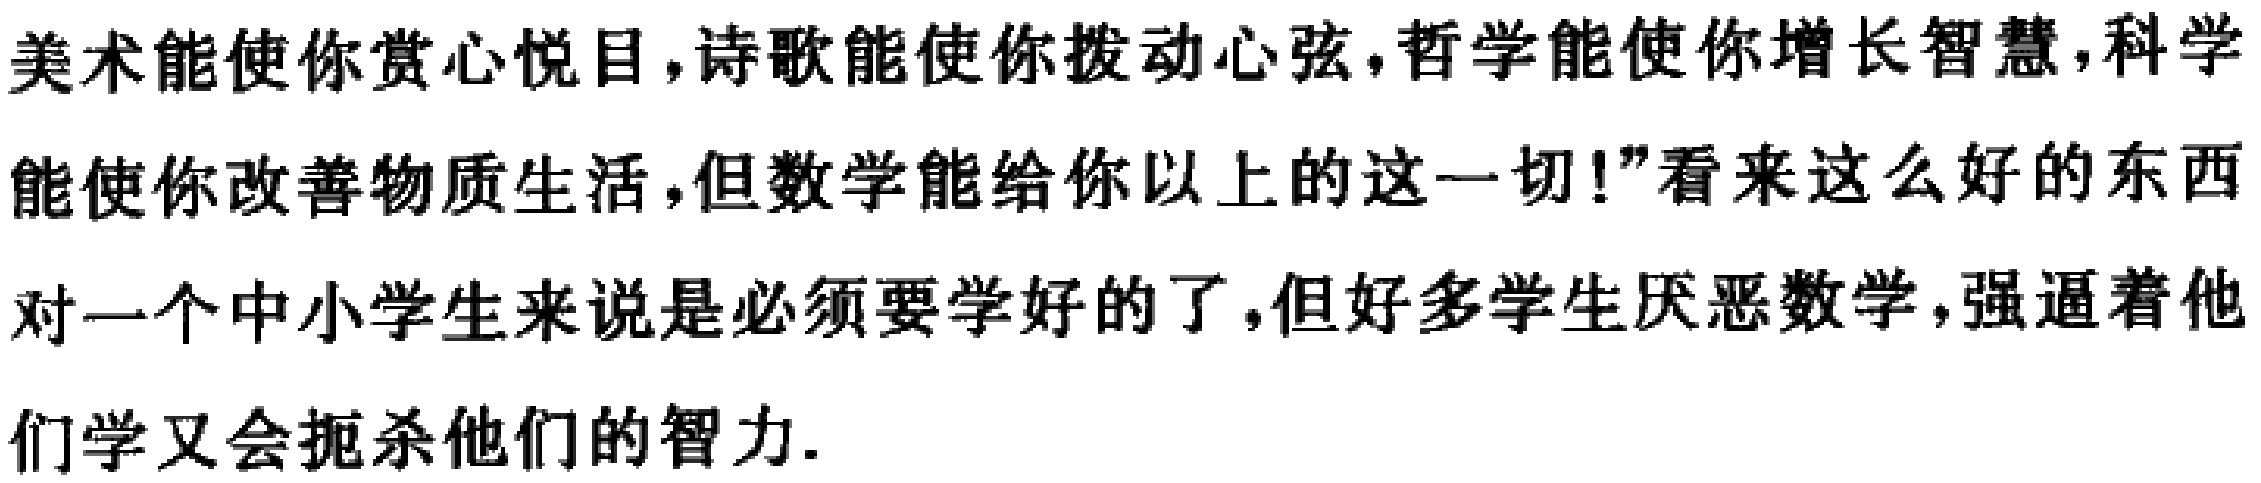
美术能使你赏心悦目,诗歌能使你拨动心弦,哲学能使你增长智慧,科学能使你改善物质生活,但数学能给你以上的这一切!"看来这么好的东西对一个中小学生来说是必须要学好的了,但好多学生厌恶数学,强逼着他们学又会扼杀他们的智力.